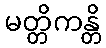
မတ္တိကန္တိ